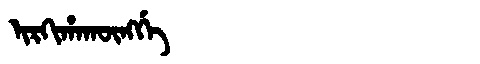
Manchu: ᡳᡵᡴᡳᡥᠠᡴᡡᠩᡤᡝ
Romanization: IRKIHAKŪNGGE